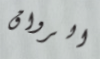
الرواق